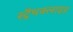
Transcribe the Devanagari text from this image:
स्ट्रैथक्लाइड